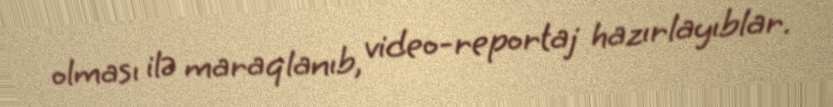
olması ilə maraqlanıb, video-reportaj hazırlayıblar.